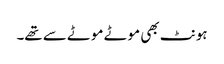
ہونٹ بھی موٹے موٹے سے تھے۔